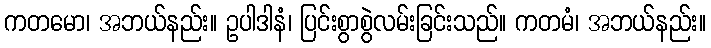
ကတမော၊ အဘယ်နည်း။ ဥပါဒါနံ၊ ပြင်းစွာစွဲလမ်းခြင်းသည်။ ကတမံ၊ အဘယ်နည်း။